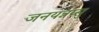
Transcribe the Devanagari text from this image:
जनयन्नप्सु